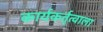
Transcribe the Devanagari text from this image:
कार्यकर्तृत्वाला